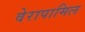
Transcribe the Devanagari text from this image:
वेरापामिल